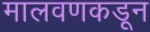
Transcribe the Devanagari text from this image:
मालवणकडून